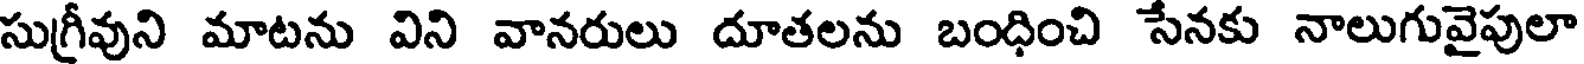
సుగ్రీవుని మాటను విని వానరులు దూతలను బంధించి సేనకు నాలుగువైపులా